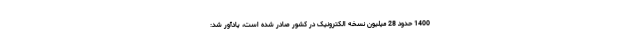
1400 حدود 28 میلیون نسخه الکترونیک در کشور صادر شده است، یادآور شد: